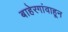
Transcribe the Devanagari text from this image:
बाहेरगांवाहून